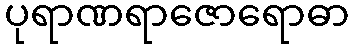
ပုရာဏရာဇောရောဓာ